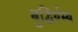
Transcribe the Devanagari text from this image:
बुद्धिर्यस्य